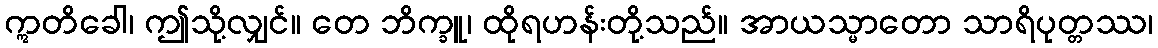
ဣတိခေါ၊ ဤသို့လျှင်။ တေ ဘိက္ခူ၊ ထိုရဟန်းတို့သည်။ အာယသ္မာတော သာရိပုတ္တဿ၊